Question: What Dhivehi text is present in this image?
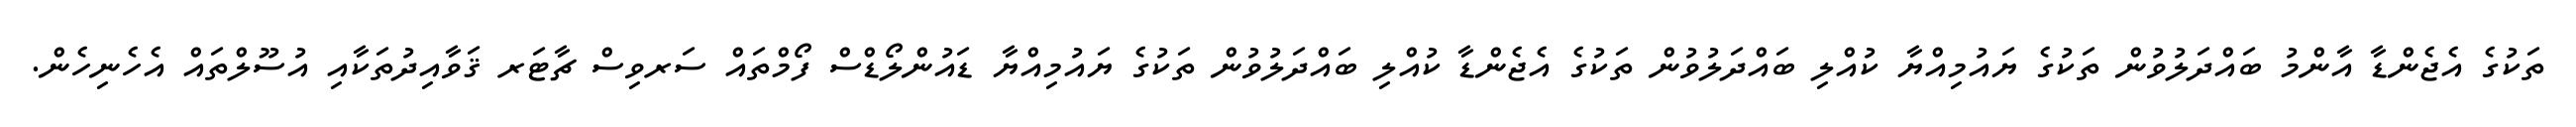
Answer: ތަކުގެ އެޖެންޑާ އާންމު ބައްދަލުވުން ތަކުގެ ޔައުމިއްޔާ ކުއްލި ބައްދަލުވުން ތަކުގެ އެޖެންޑާ ކުއްލި ބައްދަލުވުން ތަކުގެ ޔައުމިއްޔާ ޑައުންލޯޑްސް ފޯމްތައް ސަރވިސް ޗާޓަރ ޤަވާއިދުތަކާއި އުސޫލްތައް އެހެނިހެން.